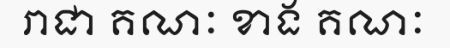
រាជា គណៈ ខាង គណៈ